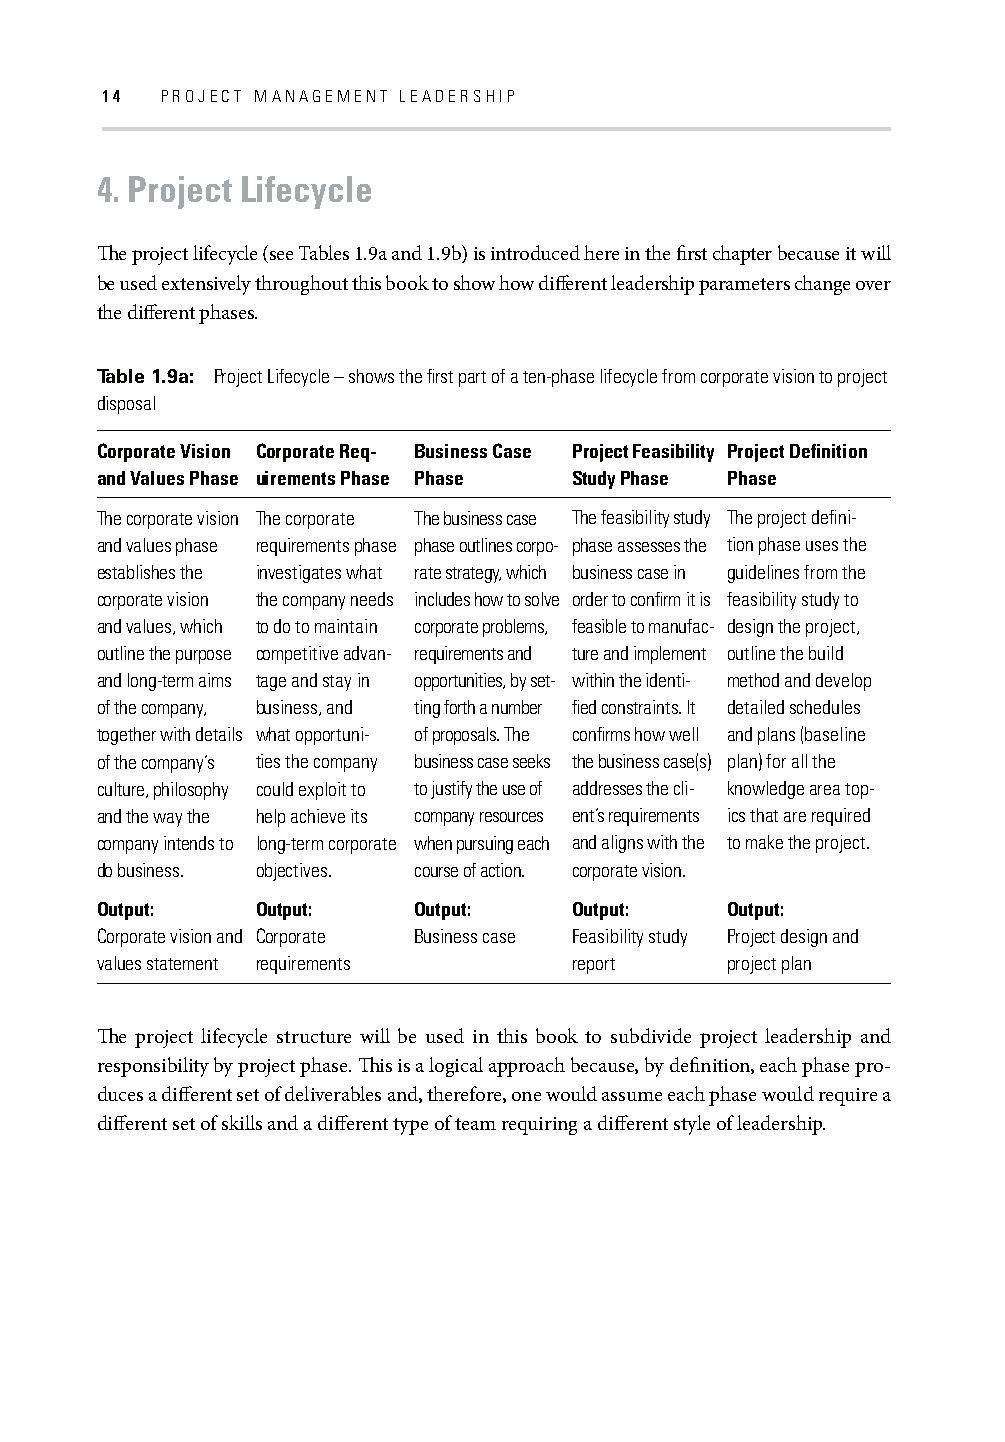
14  PROJECT MANAGEMENT LEADERSHIP
 4. Project Lifecycle
 Th e project lifecycle (see Tables 1.9a and 1.9b) is introduced here in the fi rst chapter because it will
 be used extensively throughout this book to show how diff erent leadership parameters change over
 the diff erent phases.
 Table 1.9a: Project Lifecycle – shows the fi rst part of a ten-phase lifecycle from corporate vision to project
 disposal
 Corporate Vision Corporate Req- Business Case Project Feasibility Project Defi nition
 and Values Phase uirements Phase Phase Study Phase Phase
 The corporate vision The corporate The business case The feasibility study The project defi ni-
 and values phase requirements phase phase outlines corpo- phase assesses the tion phase uses the
 establishes the investigates what rate strategy, which business case in guidelines from the
 corporate vision the company needs includes how to solve order to confi rm it is feasibility study to
 and values, which to do to maintain corporate problems, feasible to manufac- design the project,
 outline the purpose competitive advan- requirements and ture and implement outline the build
 and long-term aims tage and stay in opportunities, by set- within the identi- method and develop
 of the company, business, and ting forth a number fi ed constraints. It detailed schedules
 together with details what opportuni- of proposals. The confi rms how well and plans (baseline
 of the company’s ties the company business case seeks the business case(s) plan) for all the
 culture, philosophy could exploit to to justify the use of addresses the cli- knowledge area top-
 and the way the help achieve its company resources ent’s requirements ics that are required
 company intends to long-term corporate when pursuing each and aligns with the to make the project.
 do business. objectives. course of action. corporate vision.
 Output:    Output:   Output:    Output:   Output:
 Corporate vision and Corporate Business case Feasibility study Project design and
 values statement requirements   report    project plan
 Th e project lifecycle structure will be used in this book to subdivide project leadership and
 responsibility by project phase. Th is is a logical approach because, by defi nition, each phase pro-
 duces a diff erent set of deliverables and, therefore, one would assume each phase would require a
 diff erent set of skills and a diff erent type of team requiring a diff erent style of leadership.